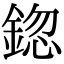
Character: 鍃